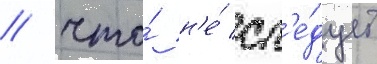
/ что́ н'е́ сл'е́дует